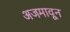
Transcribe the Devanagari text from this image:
अजमावून